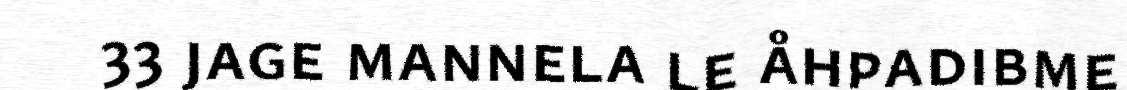
33 jage mannela le åhpadibme